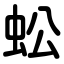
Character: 蚣